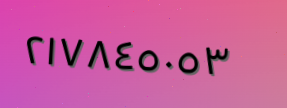
٢١٧٨٤٥٠٥٣